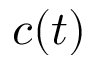
c ( t )